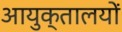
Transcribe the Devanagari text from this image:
आयुक्‍तालयों